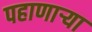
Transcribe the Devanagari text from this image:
पहाणार्‍या